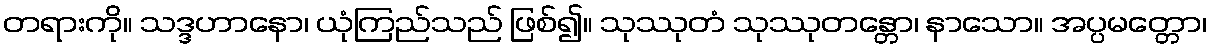
တရားကို။ သဒ္ဒဟာနော၊ ယုံကြည်သည် ဖြစ်၍။ သုဿုတံ သုဿုတန္တော၊ နာသော။ အပ္ပမတ္တော၊